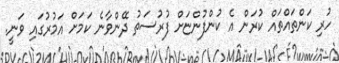
ހުރި ކަންތައްތައް ކުރަން އެ ކުންފުންޏަށް ފުރުސަތު ދޭންވާނެ ކަމަށް އަމުރުގައި ވަނީ.